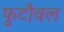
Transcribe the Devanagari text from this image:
फुटौवल